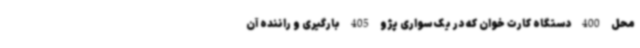
محل 400 دستگاه کارت خوان که در یک سواری پژو 405 بارگیری و راننده آن